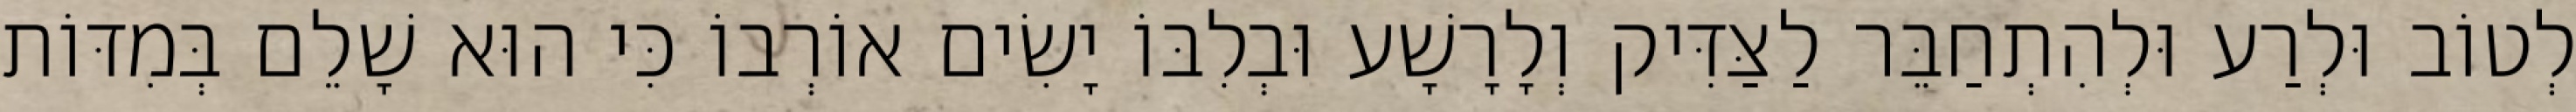
לְטוֹב וּלְרַע וּלְהִתְחַבֵּר לַצַּדִּיק וְלָרָשָׁע וּבְלִבּוֹ יָשִׂים אוֹרְבוֹ כִּי הוּא שָׁלֵם בְּמִדּוֹת